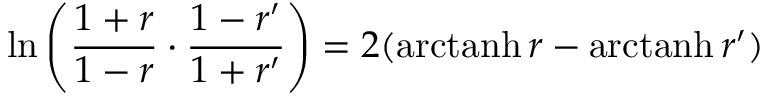
\ln \left( { \frac { 1 + r } { 1 - r } } \cdot { \frac { 1 - r ^ { \prime } } { 1 + r ^ { \prime } } } \right) = 2 ( \operatorname { a r c t a n h } r - \operatorname { a r c t a n h } r ^ { \prime } )